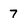
Character: 7